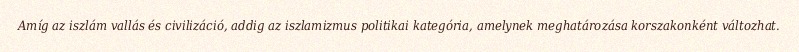
Amíg az iszlám vallás és civilizáció, addig az iszlamizmus politikai kategória, amelynek meghatározása korszakonként változhat.